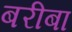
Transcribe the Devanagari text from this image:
बरीबा